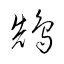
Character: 鵠